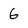
Character: 6